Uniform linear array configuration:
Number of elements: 24
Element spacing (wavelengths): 0.5
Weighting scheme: blackman
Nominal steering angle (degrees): -60
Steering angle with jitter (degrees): -59.645
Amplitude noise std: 0.05
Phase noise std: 0.05

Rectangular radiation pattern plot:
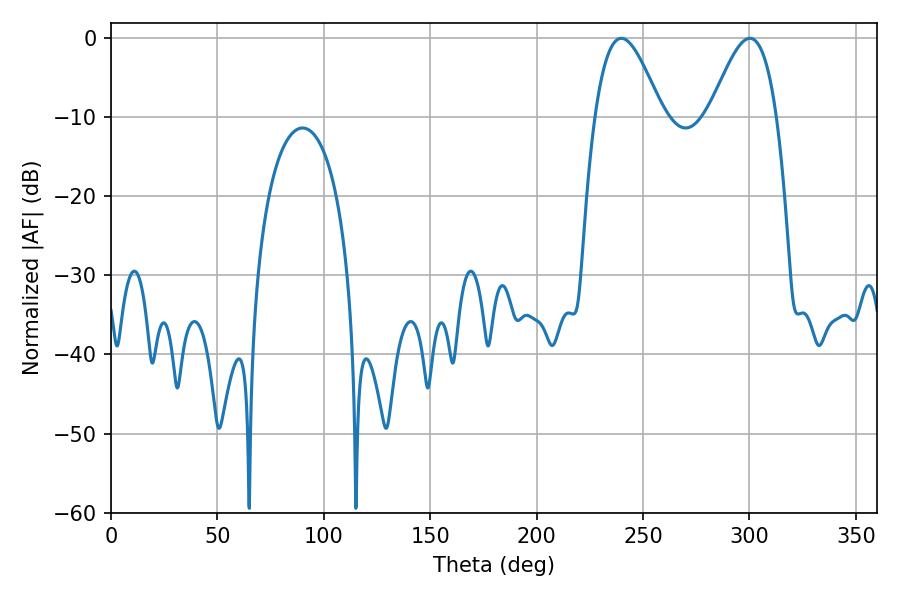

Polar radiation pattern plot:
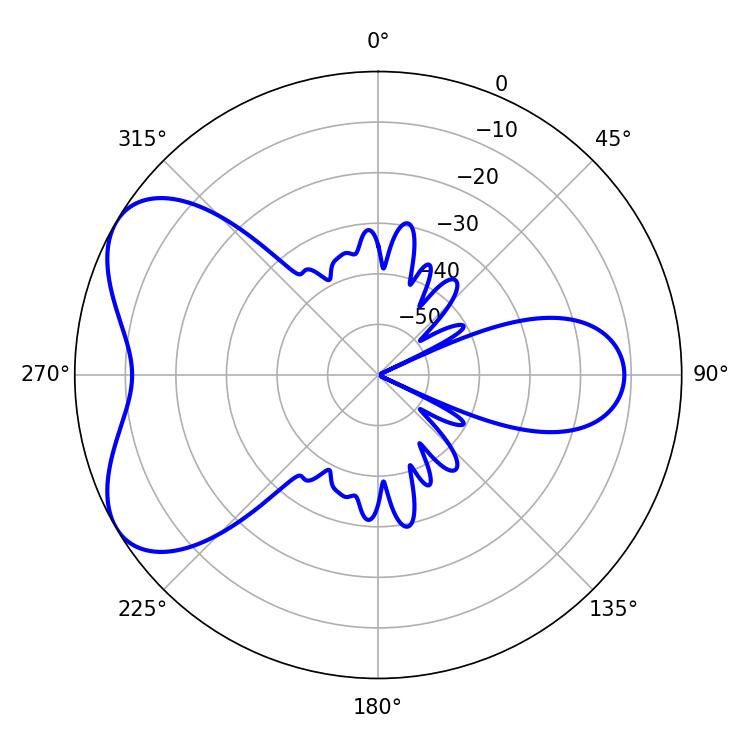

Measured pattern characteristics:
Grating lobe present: FALSE
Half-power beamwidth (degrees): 16.92
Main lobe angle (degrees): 239.76